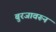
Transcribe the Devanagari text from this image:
बुरजावरून